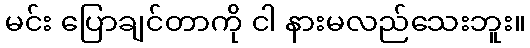
မင်း ပြောချင်တာကို ငါ နားမလည်သေးဘူး။